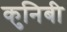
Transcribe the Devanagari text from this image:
कुनिबी